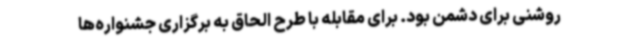
روشنی برای دشمن بود. برای مقابله با طرح الحاق به برگزاری جشنواره‌ها